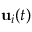
{ \bf { u } } _ { i } ( t )